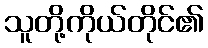
သူတို့ကိုယ်တိုင်၏